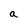
Character: a